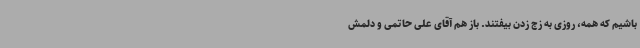
باشیم که همه، روزی به زج زدن بیفتند. باز هم آقای علی حاتمی و دلمش